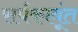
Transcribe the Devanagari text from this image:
सर्पकावूंत